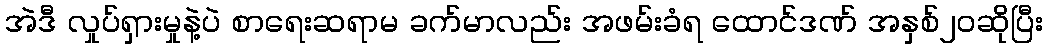
အဲဒီ လှုပ်ရှားမှုနဲ့ပဲ စာရေးဆရာမ ခက်မာလည်း အဖမ်းခံရ ထောင်ဒဏ် အနှစ်၂၀ဆိုပြီး